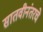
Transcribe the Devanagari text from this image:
सातवीनंतरचे